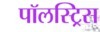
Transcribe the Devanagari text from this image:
पॉलस्ट्रिस